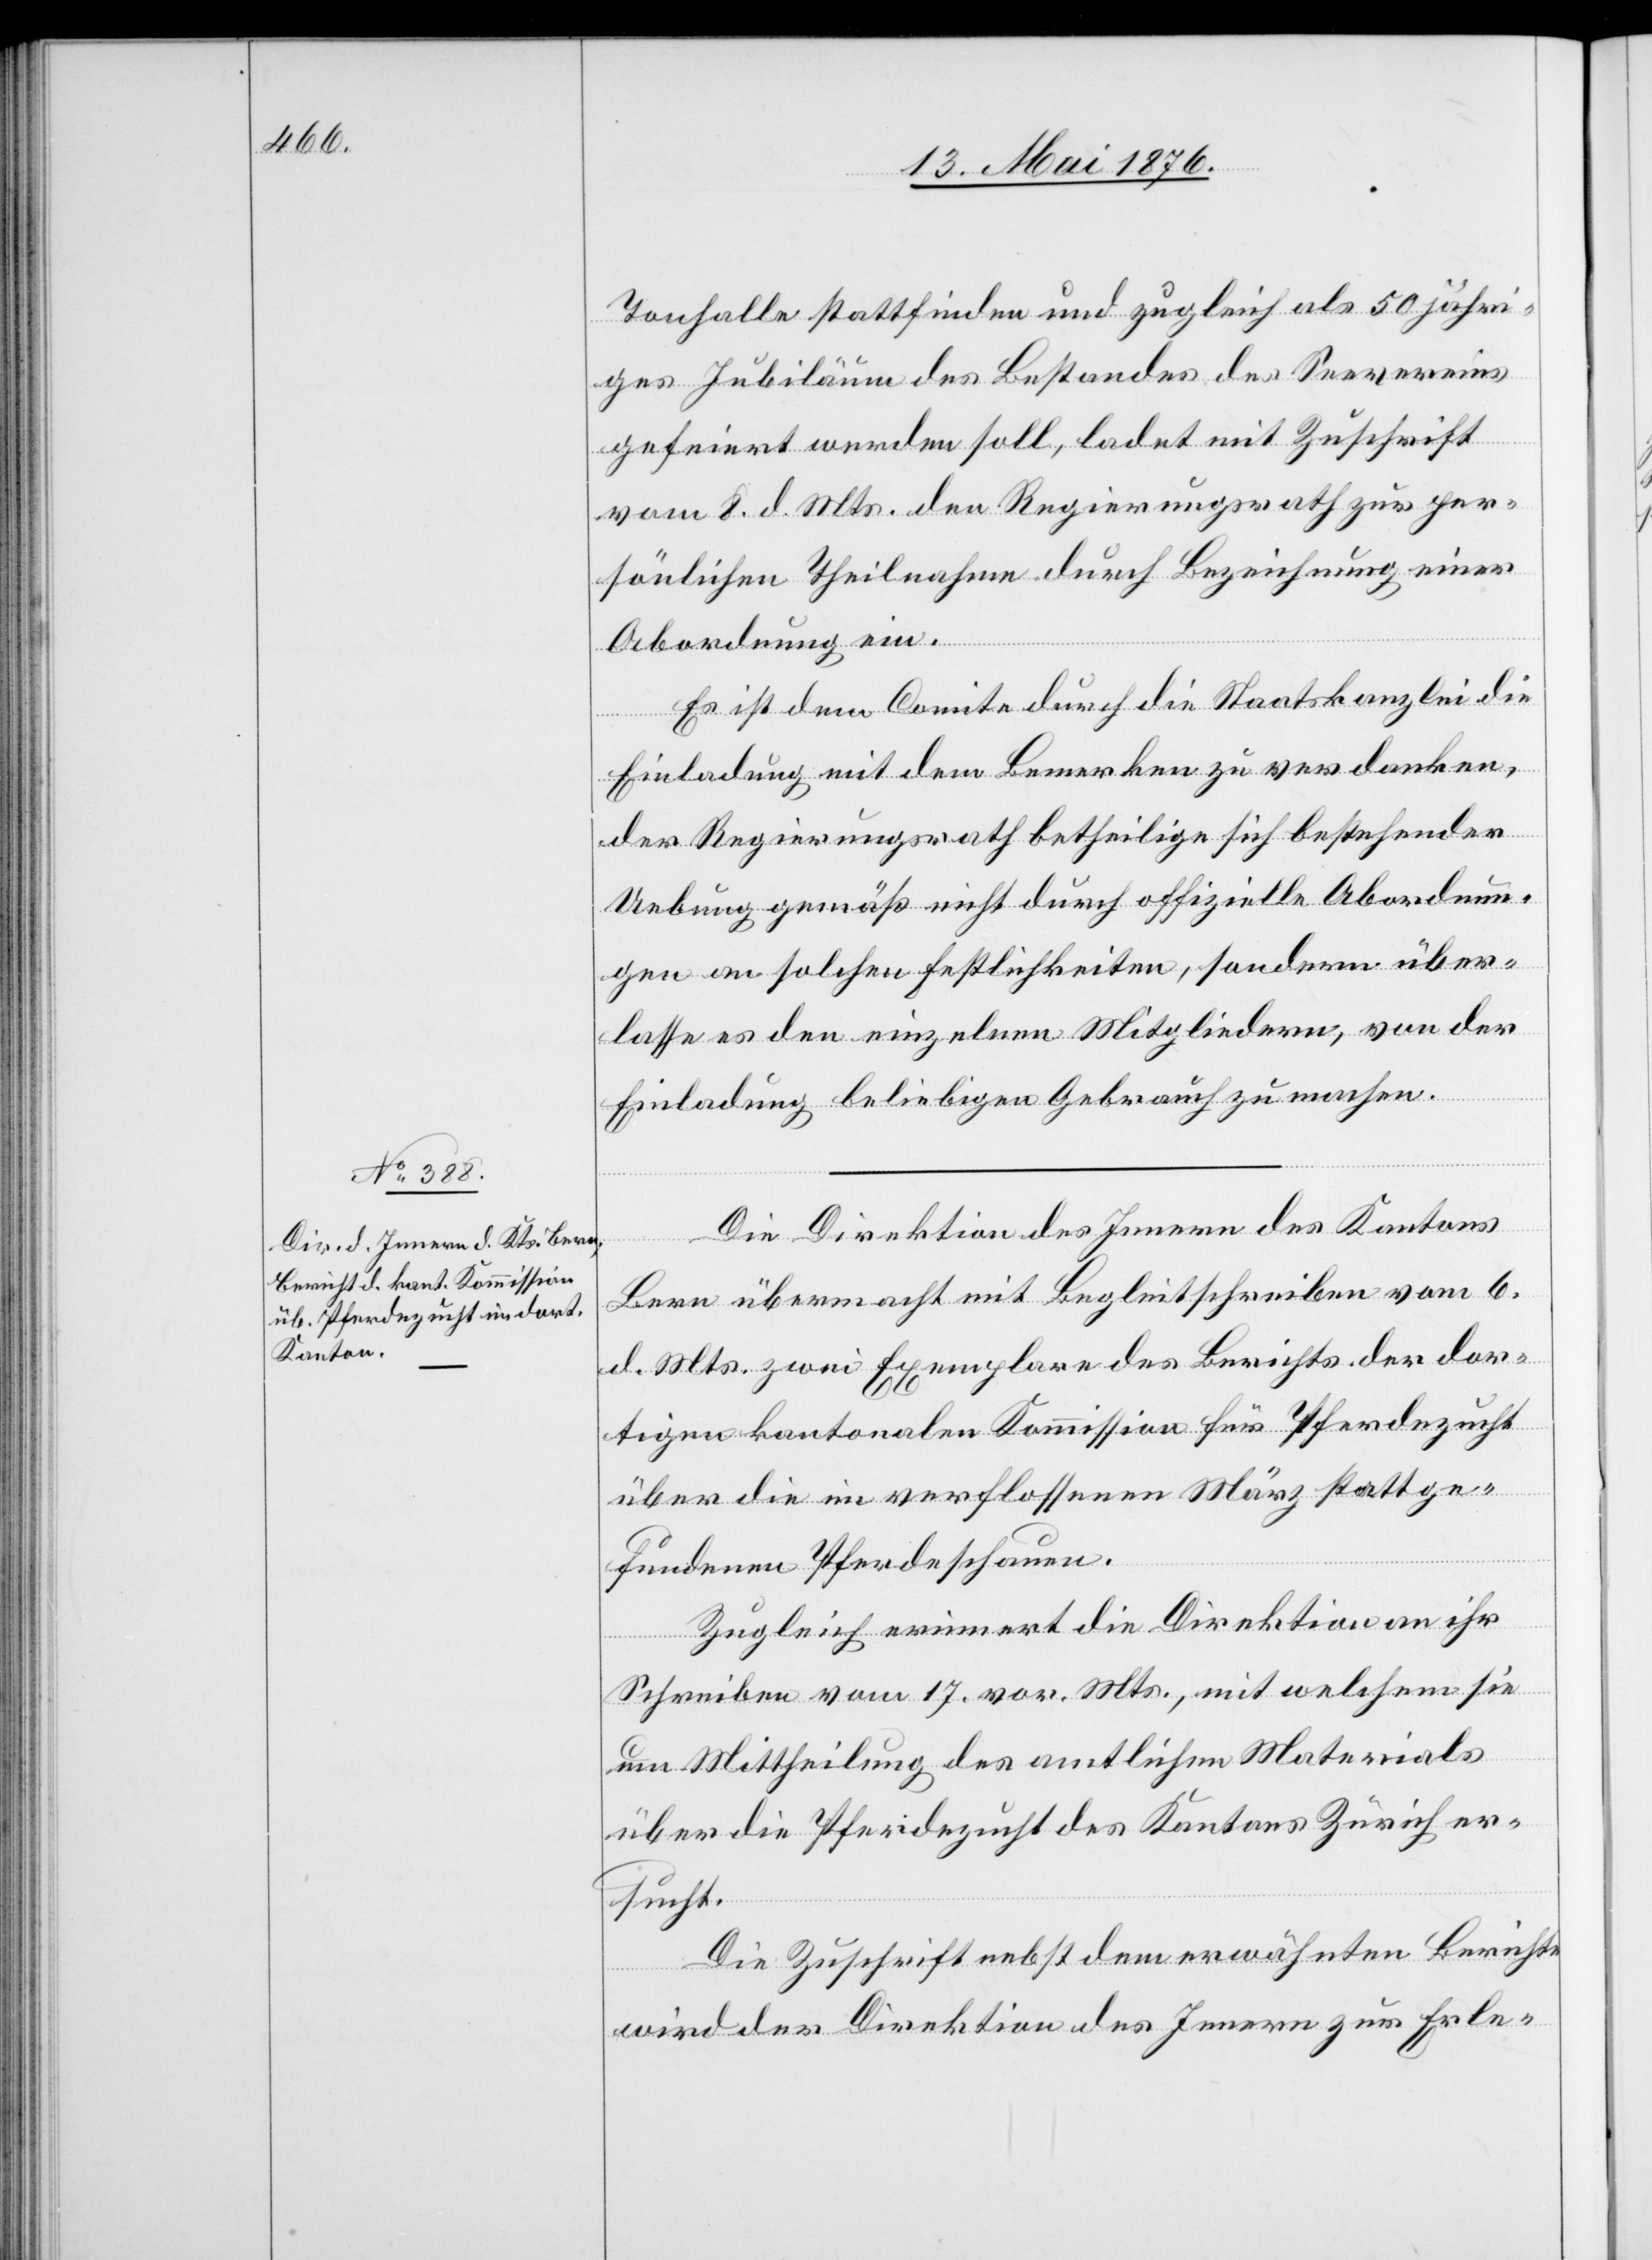
Tonhalle stattfinden und zugleich als 50 jähri¬
ges Jubiläum des Bestandes des Seevereins
gefeiert werden soll, ladet mit Zuschrift
vom 8. d. Mts. den Regierungsrath zur per¬
sönlichen Theilnahme durch Bezeichnung einer
Abordnung ein.
Es ist dem Comite durch die Staatskanzlei die
Einladung mit dem Bemerken zu verdanken,
der Regierungsrath betheilige sich bestehender
Uebung gemäß nicht durch offizielle Abordnun¬
gen an solchen Festlichkeiten, sondern über¬
lasse es den einzelnen Mitgliedern, von der
Einladung beliebigen Gebrauch zu machen.
Die Direktion des Innern des Kantons
Bern übermacht mit Begleitschreiben vom 6.
d. Mts. zwei Exemplare des Berichts der dor¬
tigen kantonalen Kommission für Pferdezucht
über die im verflossenen März stattge¬
fundenen Pferdeschauen.
Zugleich erinnert die Direktion an ihr
Schreiben vom 17. vor. Mts., mit welchem sie
um Mittheilung des amtlichen Materials
über die Pferdezucht des Kantons Zürich er¬
sucht.
Die Zuschrift nebst dem erwähnten Berichte
wird der Direktion des Innern zur Erle-